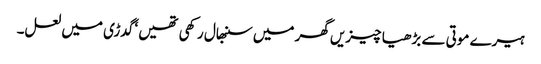
ہیرے موتی سے بڑھیا چیزیں گھر میں سنبھال رکھی تھیں ‘ گدڑی میں لعل۔